Document type: Sale
Year: 1451
Scribe: [Unknown]
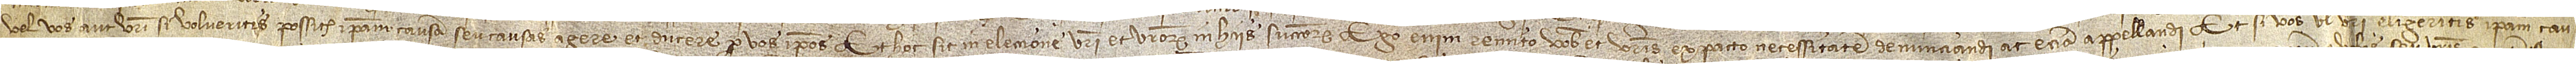
vel vos aut vestri, si volueritis, possitis ipsam causam seu causas agere et ducere per vos ipsos. Et hoc sit in eleccione vestri et vestrorum in hiis successorum. Ego enim remito vobis et vestris ex pacto necessitatem denunciandi ac etiam appellandi. Et si vos vel vestri eligeritis ipsam cau-